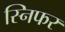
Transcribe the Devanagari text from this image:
स्निफर